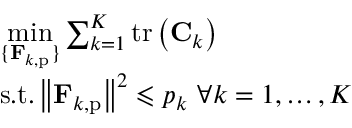
\begin{array} { r l } & { \underset { \{ \mathbf { F } _ { k , \mathrm { p } } \} } { \operatorname* { m i n } } \sum _ { k = 1 } ^ { K } { \mathrm { t r } \left( \mathbf { C } _ { k } \right) } } \\ & { \mathrm { s } . \mathrm { t } . \left\| \mathbf { F } _ { k , \mathrm { p } } \right\| ^ { 2 } \leqslant p _ { k } \, \, \forall k = 1 , \dots , K } \end{array}